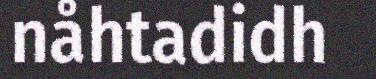
nåhtadidh